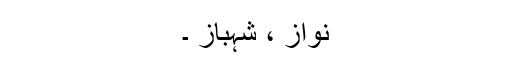
نواز ، شہباز ۔